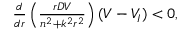
\begin{array} { r } { \frac { d } { d r } \left( \frac { r D V } { n ^ { 2 } + k ^ { 2 } r ^ { 2 } } \right) ( V - V _ { I } ) < 0 , } \end{array}